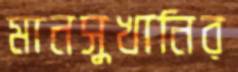
মানসুখানির